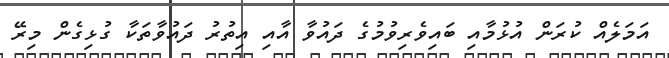
އަމަލެއް ކުރަން އުޅުމާއި ބައިވެރިވުމުގެ ދައުވާ އާއި އިތުރު ދައުވާތަކާ ގުޅިގެން މިރޭ